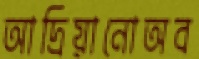
আদ্রিয়ানোঅব